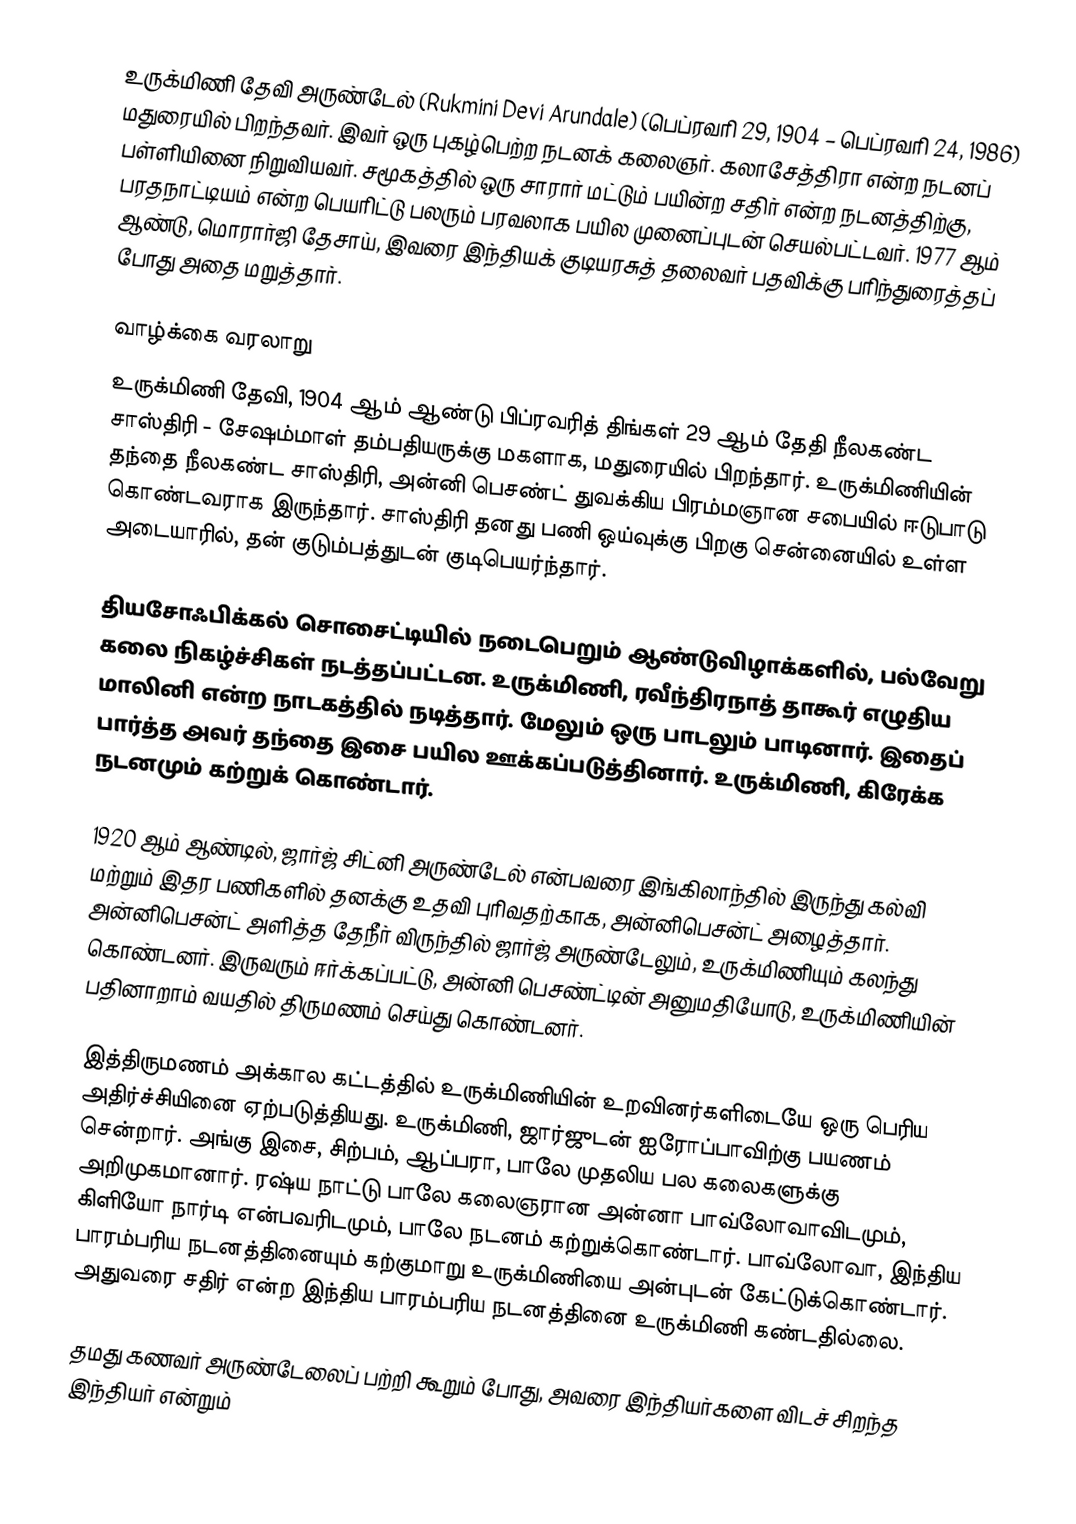
உருக்மிணி தேவி அருண்டேல் (Rukmini Devi Arundale) (பெப்ரவரி 29, 1904 – பெப்ரவரி 24, 1986) மதுரையில் பிறந்தவர். இவர் ஒரு புகழ்பெற்ற நடனக் கலைஞர். கலாசேத்திரா என்ற நடனப் பள்ளியினை நிறுவியவர். சமூகத்தில் ஒரு சாரார் மட்டும் பயின்ற சதிர் என்ற நடனத்திற்கு, பரதநாட்டியம் என்ற பெயரிட்டு பலரும் பரவலாக பயில முனைப்புடன் செயல்பட்டவர். 1977 ஆம் ஆண்டு, மொரார்ஜி தேசாய், இவரை இந்தியக் குடியரசுத் தலைவர் பதவிக்கு பரிந்துரைத்தப் போது அதை மறுத்தார்.

வாழ்க்கை வரலாறு
உருக்மிணி தேவி, 1904 ஆம் ஆண்டு பிப்ரவரித் திங்கள் 29 ஆம் தேதி நீலகண்ட சாஸ்திரி - சேஷம்மாள் தம்பதியருக்கு மகளாக, மதுரையில் பிறந்தார். உருக்மிணியின் தந்தை நீலகண்ட சாஸ்திரி, அன்னி பெசண்ட் துவக்கிய பிரம்மஞான சபையில் ஈடுபாடு கொண்டவராக இருந்தார். சாஸ்திரி தனது பணி ஒய்வுக்கு பிறகு சென்னையில் உள்ள அடையாரில், தன் குடும்பத்துடன் குடிபெயர்ந்தார்.

தியசோஃபிக்கல் சொசைட்டியில் நடைபெறும் ஆண்டுவிழாக்களில், பல்வேறு கலை நிகழ்ச்சிகள் நடத்தப்பட்டன. உருக்மிணி, ரவீந்திரநாத் தாகூர் எழுதிய மாலினி என்ற நாடகத்தில் நடித்தார். மேலும் ஒரு பாடலும் பாடினார். இதைப் பார்த்த அவர் தந்தை இசை பயில ஊக்கப்படுத்தினார். உருக்மிணி, கிரேக்க நடனமும் கற்றுக் கொண்டார்.

1920 ஆம் ஆண்டில், ஜார்ஜ் சிட்னி அருண்டேல் என்பவரை இங்கிலாந்தில் இருந்து கல்வி மற்றும் இதர பணிகளில் தனக்கு உதவி புரிவதற்காக, அன்னிபெசன்ட் அழைத்தார். அன்னிபெசன்ட் அளித்த தேநீர் விருந்தில் ஜார்ஜ் அருண்டேலும், உருக்மிணியும் கலந்து கொண்டனர். இருவரும் ஈர்க்கப்பட்டு, அன்னி பெசண்ட்டின் அனுமதியோடு, உருக்மிணியின் பதினாறாம் வயதில் திருமணம் செய்து கொண்டனர்.

இத்திருமணம் அக்கால கட்டத்தில் உருக்மிணியின் உறவினர்களிடையே ஒரு பெரிய அதிர்ச்சியினை ஏற்படுத்தியது. உருக்மிணி, ஜார்ஜுடன் ஐரோப்பாவிற்கு பயணம் சென்றார். அங்கு இசை, சிற்பம், ஆப்பரா, பாலே முதலிய பல கலைகளுக்கு அறிமுகமானார். ரஷ்ய நாட்டு பாலே கலைஞரான அன்னா பாவ்லோவாவிடமும், கிளியோ நார்டி என்பவரிடமும், பாலே நடனம் கற்றுக்கொண்டார். பாவ்லோவா, இந்திய பாரம்பரிய நடனத்தினையும் கற்குமாறு உருக்மிணியை அன்புடன் கேட்டுக்கொண்டார். அதுவரை சதிர் என்ற இந்திய பாரம்பரிய நடனத்தினை உருக்மிணி கண்டதில்லை.

தமது கணவர் அருண்டேலைப் பற்றி கூறும் போது, அவரை இந்தியர்களை விடச் சிறந்த இந்தியர் என்றும்